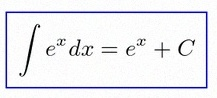
\int e^x dx=e^x+C